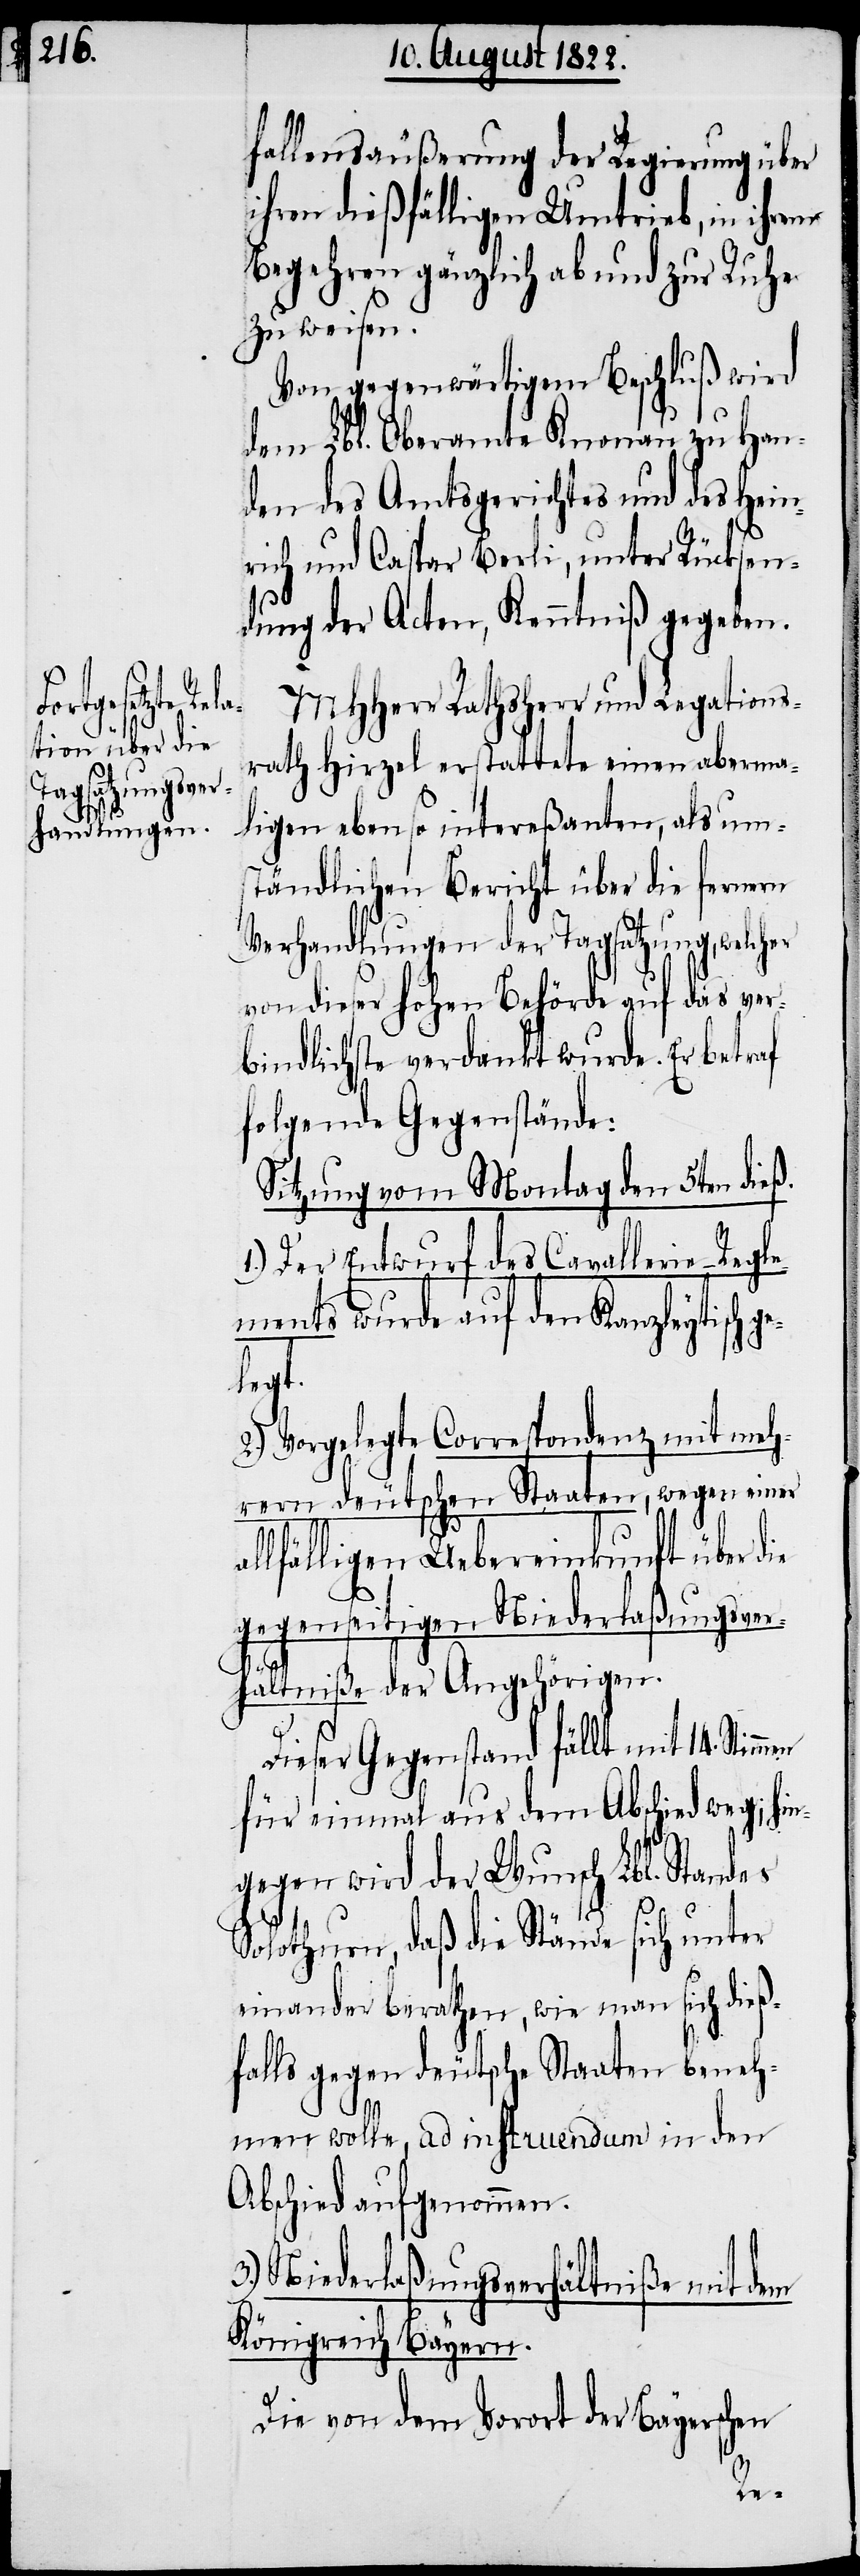
e-Regle¬

fallensäußerung der Regierung über
ihren dießfälligen Umtrieb, in ihrem
Begehren gänzlich ab und zur Ruhe
zu weisen.
Von gegenwärtigem Beschluß wird
dem Lbl. Oberamte Knonau zu Han¬
den des Amtsgerichtes und des Hein¬
rich und Caspar Berli, unter Rücksen¬
dung der Acten, Kenntniß gegeben.
MHHerr Rathsherr und Legations¬
rath Hirzel erstattete einen aberma¬
ligen ebenso intereßanten, als um¬
ständlichen Bericht über die fernern
Verhandlungen der Tagsatzung, welch¬
von dieser hohen Behörde auf das ver¬
bindlichste verdankt wurde. Er betraf
folgende Gegenstände:
Sitzung vom Montag den 5ten dieß.
1.) Der Entwurf des Cavalleri¬
ments wurde auf den Kanzleytisch
legt.
2.) Vorgelegte Correspondenz mit meh¬
rern deutschen Staaten, wegen einer
lfälligen Uebereinkunft über die
gegenseitigen Niederlaßungsver¬
hältniße der Angehörigen.
Dieser Gegenstand fällt mit 14. Stim¬
für einmal aus dem Abschied weg; hin¬
gegen wird der Wunsch Lbl. Standes
al¬
Solothurn, daß die Stände sich unter
einander berathen, wie man sich dieß¬
falls gegen deutsche Staaten beneh¬
men wolle, ad instruendum in den
Abschied aufgenommen.
3.) Niederlaßungsverhältniße mit dem
Königreich Bayern.
Die von dem Vorort der Bayerschen
men